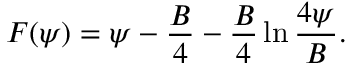
F ( \psi ) = \psi - { \frac { B } { 4 } } - { \frac { B } { 4 } } \ln { \frac { 4 \psi } { B } } .